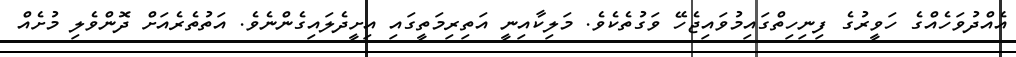
އެއްދުވަހެއްގެ ހަވީރުގެ ފިނިހިތްގައިމުވައިޖެހޭ ވަގުތެކެވެ. މަލިކާއިނީ އަތިރިމަތީގައި އިށީދެލައިގެންނެވެ. އަތުތެރެއަށް ދޮންވެލި މުށެއް